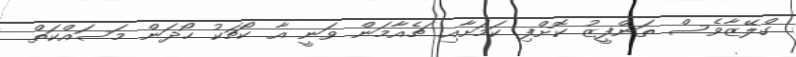
ގްލޭޒާވެސް ތަންފީޒު ކޮށްފި ކަމަށާއި ޗެއާމަން ވަނީ އާ ކޯޗަކު ހޯދަން މަސައްކަތް